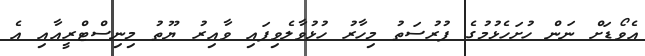
އެވޯޑަށް ނަން ހުށަހެޅުމުގެ ފުރުސަތު މިހާރު ހުޅުވާލެވިފައި ވާއިރު ޔޫތު މިނިސްޓްރީއާއި އެ